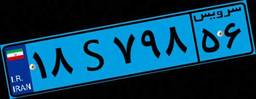
۷۹S۶۷۴۹۲